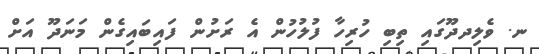
ނ. ވެލިދދޫގައި ތިބި ހުރިހާ ފުލުހުން އެ ރަށުން ފައިބައިގެން މަނަދޫ އަށް